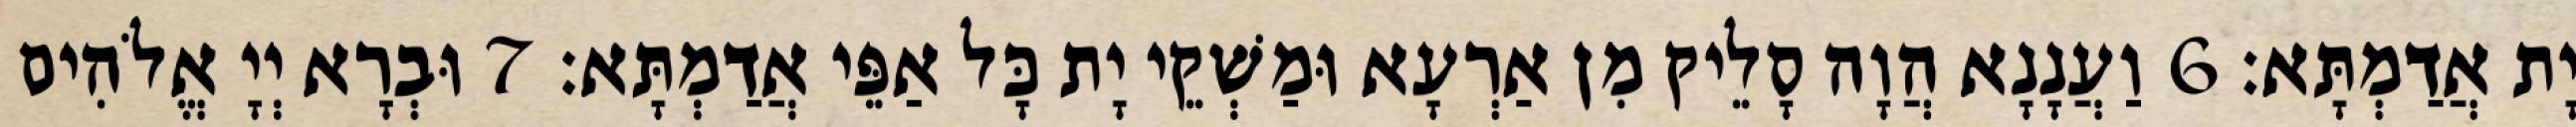
יָת אֲדַמְתָּא׃ 6 וַעֲנָנָא הֲוָה סָלֵיק מִן אַרְעָא וּמַשְׁקֵי יָת כָּל אַפֵּי אֲדַמְתָּא׃ 7 וּבְרָא יְיָ אֱלֹהִים